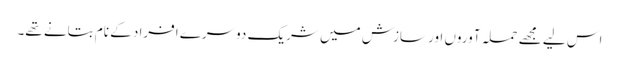
اس لیے مجھے حملہ آوروں اور سازش میں شریک دوسرے افراد کے نام بتانے تھے۔